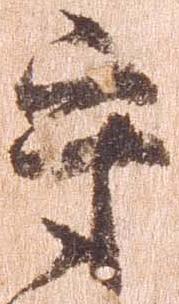
守